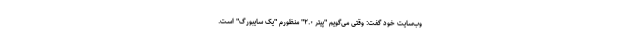
وب‌سایت خود گفت: وقتی می‌گویم "پیتر ۲.۰" منظورم "یک سایبورگ" است.